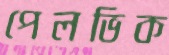
পেলভিক